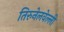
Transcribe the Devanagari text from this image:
तिरुनेलवेल्ली